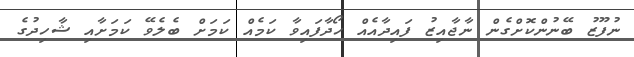
ނުފޫޒު ބޭނުންކޮށްގެން ނާޖާއިޒު ފައިދާއެއް ހޯދާފައިވާ ކަމެއް ކަމަށް ބެލެވޭ ކަމަށާއި ޝާހިދުގެ